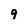
Character: 9